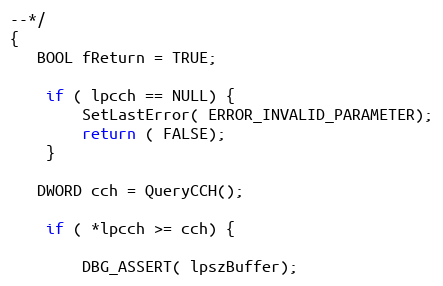
Language: C++
--*/
{
   BOOL fReturn = TRUE;

    if ( lpcch == NULL) {
        SetLastError( ERROR_INVALID_PARAMETER);
        return ( FALSE);
    }

   DWORD cch = QueryCCH();

    if ( *lpcch >= cch) {

        DBG_ASSERT( lpszBuffer);